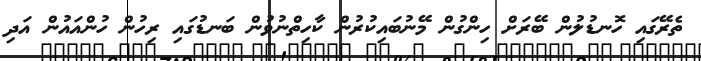
ތެރޭގައި ހޮނޑުލުން ބޭރަށް ހިންގުން މޭނުބައިކުރުން ކާހިތްނުވުން ބަނޑުގައި ރިހުން ހުންއައުން އަދި